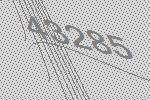
43285